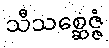
သီသစ္ဆေဇ္ဇံ